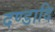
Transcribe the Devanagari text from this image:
दण्डादि